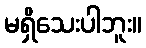
မရှိသေးပါဘူး။